Document type: Sale
Year: 1439
Scribe: Arnau d'Illes
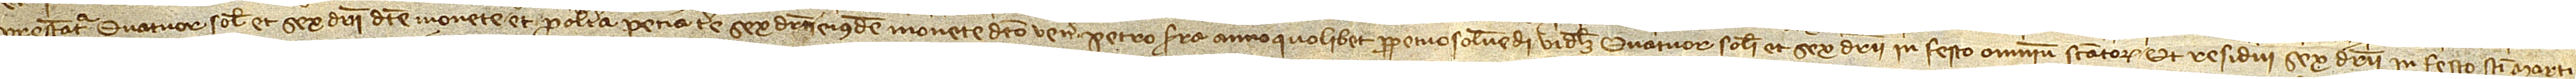
prestantur quatuor solidi et sex denarii dicte monete; et pro altera pecia terre sex denarii eiusdem monete dicto venerabili Petro Serra anno quolibet perpetuo solvendi, videlicet, quatuor solidi et sex denarii in festo Omnium Sanctorum, et residui sex denarii in festo Sancti Marti-